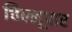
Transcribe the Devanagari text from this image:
चिल्लूपार